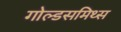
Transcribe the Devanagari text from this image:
गोल्डसमिथ्स